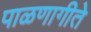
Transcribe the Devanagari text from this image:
पाळणागीते